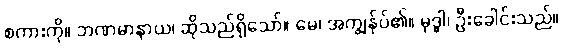
စကားကို။ ဘဏမာနာယ၊ ဆိုသည်ရှိသော်။ မေ၊ အကျွန်ုပ်၏။ မုဒ္ဓါ၊ ဦးခေါင်းသည်။